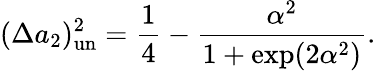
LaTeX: (\Delta a_{2})_{\mathrm{un}}^{2}=\frac{1}{4}-\frac{\alpha^{2}}{1+\exp(2\alpha^{2})}.